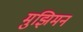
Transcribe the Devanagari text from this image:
मुझिमन